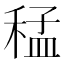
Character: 𮃑